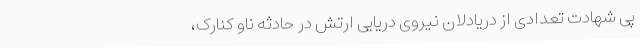
پی شهادت تعدادی از دریادلان نیروی دریایی ارتش در حادثه ناو کنارک،